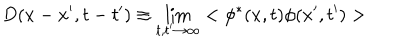
D ( x - x ^ { \prime } , t - t ^ { \prime } ) \equiv \lim _ { t , t ^ { \prime } \rightarrow \infty } < \phi ^ { * } ( x , t ) \phi ( x ^ { \prime } , t ^ { \prime } ) >